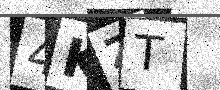
Text: 4KZT